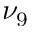
\nu _ { 9 }